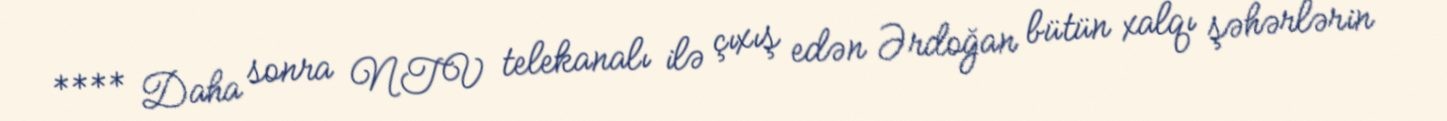
**** Daha sonra NTV telekanalı ilə çıxış edən Ərdoğan bütün xalqı şəhərlərin